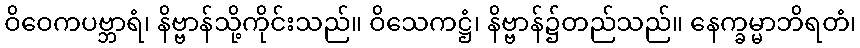
ဝိဝေကပဗ္ဘာရံ၊ နိဗ္ဗာန်သို့ကိုင်းသည်။ ဝိသေကဋ္ဌံ၊ နိဗ္ဗာန်၌တည်သည်။ နေက္ခမ္မာဘိရတံ၊